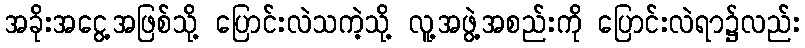
အခိုးအငွေ့အဖြစ်သို့ ပြောင်းလဲသကဲ့သို့ လူ့အဖွဲ့အစည်းကို ပြောင်းလဲရာ၌လည်း